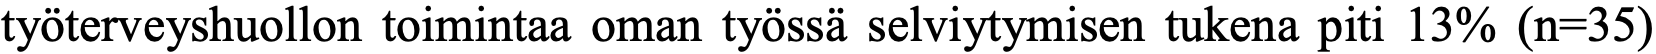
työterveyshuollon toimintaa oman työssä selviytymisen tukena piti 13% (n=35)